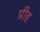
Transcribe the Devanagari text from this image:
प्रीह